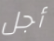
أجل